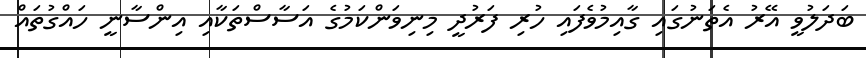
ބަދަލުވީ އޭރު އެތަނުގައި ގާއިމުވެފައި ހުރި ފަރުދީ މިނިވަންކަމުގެ އަސާސްތަކާއި އިންސާނީ ހައްގުތައް